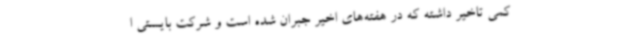
کمی تاخیر داشته که در هفته‌های اخیر جبران شده است و شرکت بایستی ا